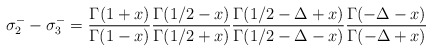
\begin{align*}\sigma_2^--\sigma_3^-= {\Gamma(1+x)\over \Gamma(1-x)}{\Gamma(1/2-x)\over \Gamma(1/2+x)}{\Gamma(1/2-\Delta+x)\over \Gamma(1/2-\Delta-x)}{\Gamma(-\Delta-x)\over \Gamma(-\Delta+x)}\end{align*}